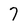
Character: 7